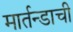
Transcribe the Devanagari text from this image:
मार्तन्डाची